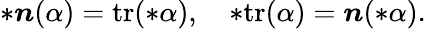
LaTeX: \ast\boldsymbol{n}(\alpha)=\mathrm{tr}(\ast\alpha),\quad\ast\mathrm{tr}(\alpha)=\boldsymbol{n}(\ast\alpha).